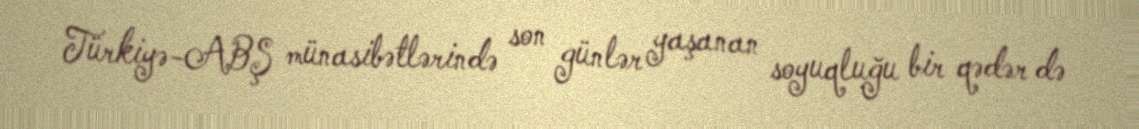
Türkiyə-ABŞ münasibətlərində son günlər yaşanan soyuqluğu bir qədər də